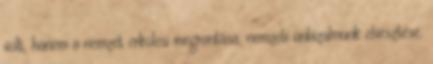
volt, hanem a nemzet erkölcsi megrontása, nemzeti önbizalmunk elvesztése.